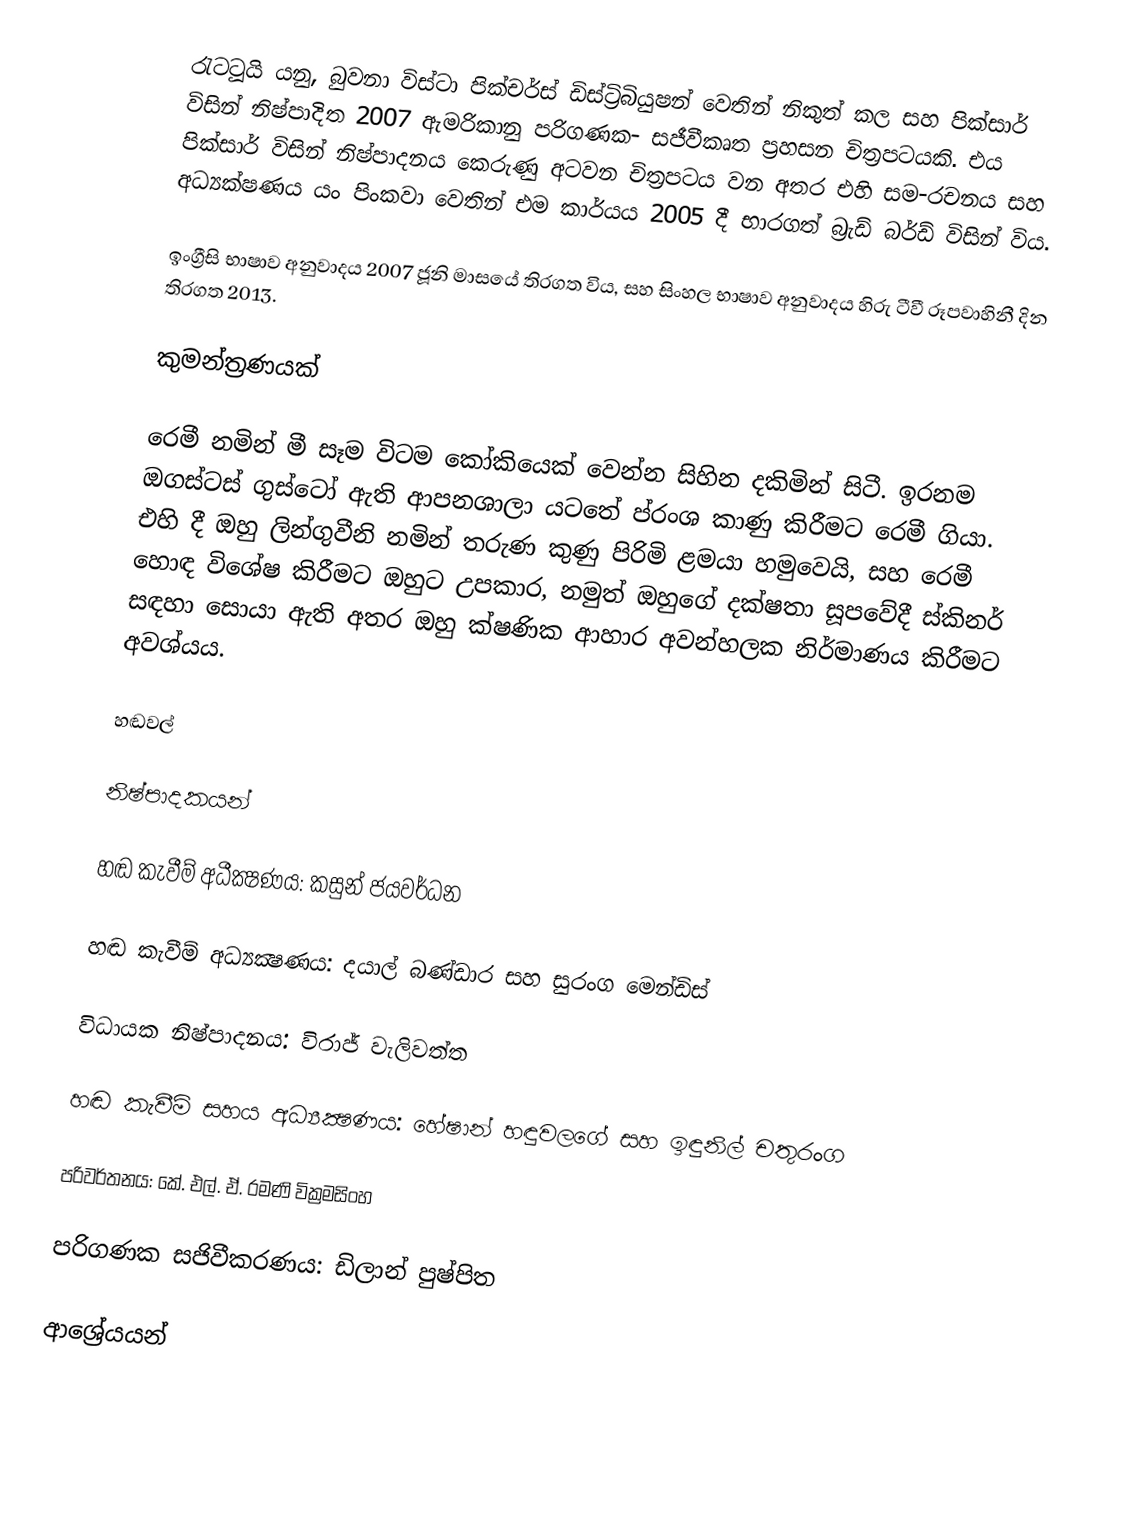
රැටටූයි යනු, බුවනා විස්ටා පික්චර්ස් ඩිස්ට්‍රිබියුෂන් වෙතින් නිකුත් කල සහ පික්සාර්  විසින් නිෂ්පාදිත 2007 ඇමරිකානු පරිගණක- සජීවීකෘත  ප්‍රහසන චිත්‍රපටයකි. එය පික්සාර් විසින් නිෂ්පාදනය කෙරුණු අටවන චිත්‍රපටය වන අතර එහි සම-රචනය සහ අධ්‍යක්ෂණය යං පිංකවා වෙතින් එම කාර්යය 2005 දී භාරගත් බ්‍රැඩ් බර්ඩ් විසින් විය.

ඉංග්‍රීසි භාෂාව අනුවාදය 2007 ජූනි මාසයේ තිරගත විය, සහ සිංහල භාෂාව අනුවාදය හිරු ටීවී රූපවාහිනී දින තිරගත 2013.

කුමන්ත්‍රණයක්

රෙමී නමින් මී සෑම විටම කෝකියෙක් වෙන්න සිහින දකිමින් සිටී.  ඉරනම ඔගස්ටස් ගුස්ටෝ ඇති ආපනශාලා යටතේ ප්රංශ කාණු කිරීමට රෙමී ගියා. එහි දී ඔහු ලින්ගුවීනි නමින් තරුණ කුණු පිරිමි ළමයා හමුවෙයි, සහ රෙමී හොඳ විශේෂ කිරීමට ඔහුට උපකාර, නමුත් ඔහුගේ දක්ෂතා සූපවේදී ස්කිනර් සඳහා සොයා ඇති අතර ඔහු ක්ෂණික ආහාර අවන්හලක නිර්මාණය කිරීමට අවශ්යය.

හඬවල්

නිෂ්පාදකයන්

හඬ කැවීම් අධීක්‍ෂණය: කසුන් ජයවර්ධන

හඬ කැවීම් අධ්‍යක්‍ෂණය: දයාල් බණ්ඩාර සහ සුරංග මෙන්ඩිස්

විධායක නිෂ්පාදනය: විරාජ් වැලිවත්ත

හඬ කැවීම් සහය අධ්‍යක්‍ෂණය: හේෂාන් හඳුවලගේ සහ ඉඳුනිල් චතුරංග

පරිවර්තනය: කේ. එල්. ඒ. රමණි වික්‍රමසිංහ

පරිගණක සජිවීකරණය: ඩිලාන් පුෂ්පිත

ආශ්‍රේයයන්